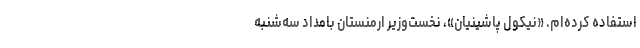
استفاده کرده‌ام. «نیکول پاشینیان»، نخست‌وزیر ارمنستان بامداد سه‌شنبه